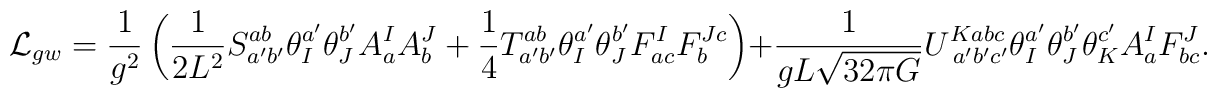
{\cal L}_{gw}=\frac{1}{g^2}\left(\frac{1}{2L^2}S^{ab}_{a'b'}\theta_{I}^{a'}\theta_{J}^{b'}A^{I}_{a}A^{J}_{b} +\frac{1}{4}T^{ab}_{a'b'}\theta_{I}^{a'}\theta_{J}^{b'}F^{I}_{ac}F^{Jc}_{b} \right)+\frac{1}{gL\sqrt{32\pi G}}U^{Kabc}_{\;a'b'c'}\theta_{I}^{a'}\theta_{J}^{b'}\theta_{K}^{c'}A^{I}_{a}F^{J}_{bc}.